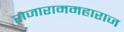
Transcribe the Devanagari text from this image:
राजाराममहाराज